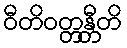
ဝီတိဝတ္တန္တီတိ